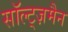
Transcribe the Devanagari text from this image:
सॉल्ट्ज़मैन